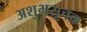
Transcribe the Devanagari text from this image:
अशुभसूचक